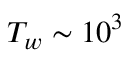
T _ { w } \sim 1 0 ^ { 3 }